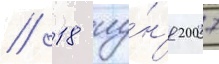
// 18 иу́н'я 2007